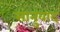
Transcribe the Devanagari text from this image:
सानुवाद